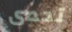
تحصى